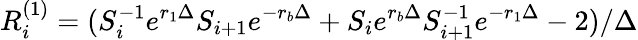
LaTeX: R_{i}^{(1)}=(S_{i}^{-1}e^{r_{1}\Delta}S_{i+1}e^{-r_{b}\Delta}+S_{i}e^{r_{b}\Delta}S_{i+1}^{-1}e^{-r_{1}\Delta}-2)/\Delta